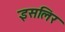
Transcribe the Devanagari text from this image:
इसलिर